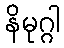
နိမုဂ္ဂါ